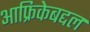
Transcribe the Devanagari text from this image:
आफ्रिकेबद्दल